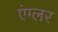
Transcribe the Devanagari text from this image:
एंग्लर